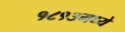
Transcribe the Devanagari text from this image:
१८१३मध्ये